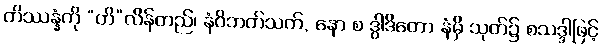
တိဿန္နံကို “တိ”လိန်တည်၊ နံဝိဘတ်သက်, နော စ ဒွါဒိတော နံမှိ သုတ်၌ စသဒ္ဒါဖြင့်